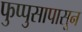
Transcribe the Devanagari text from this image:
फुप्पुसापासून